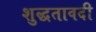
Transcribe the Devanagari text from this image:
शुद्धतावदी